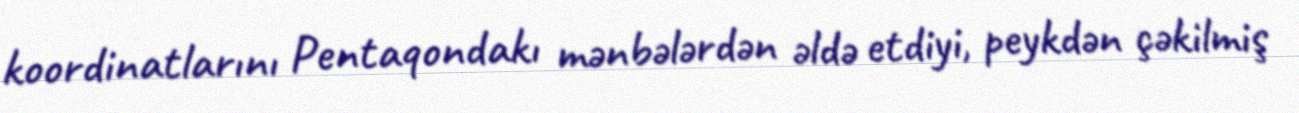
koordinatlarını Pentaqondakı mənbələrdən əldə etdiyi, peykdən çəkilmiş